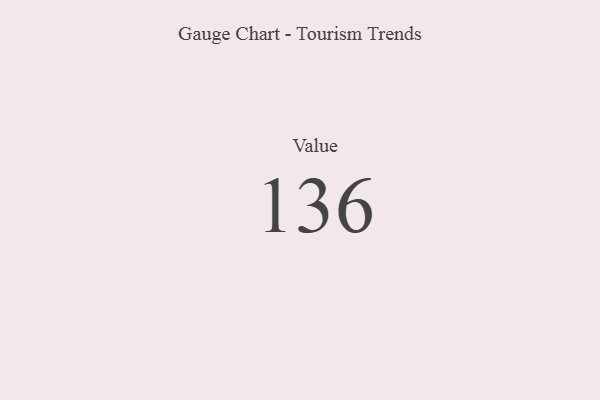
{"axis": {"x": "Metric", "y": "Value"}, "legend": [""], "data": [{"x": "Value", "y": 136, "type": ""}]}